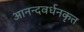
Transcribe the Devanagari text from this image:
आनन्दवर्धनकृत